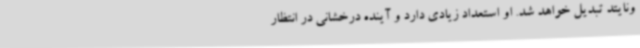
ونایتد تبدیل خواهد شد. او استعداد زیادی دارد و آینده درخشانی در انتظار